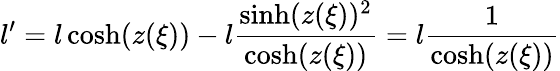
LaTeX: l^{\prime}=l\cosh(z(\xi))-l\frac{\sinh(z(\xi))^{2}}{\cosh(z(\xi))}=l\frac{1}{\cosh(z(\xi))}